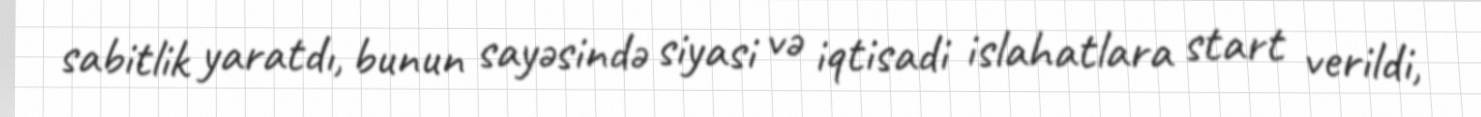
sabitlik yaratdı, bunun sayəsində siyasi və iqtisadi islahatlara start verildi,